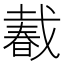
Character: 𢧨